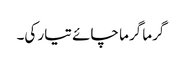
گرما گرما چائے تیار کی۔